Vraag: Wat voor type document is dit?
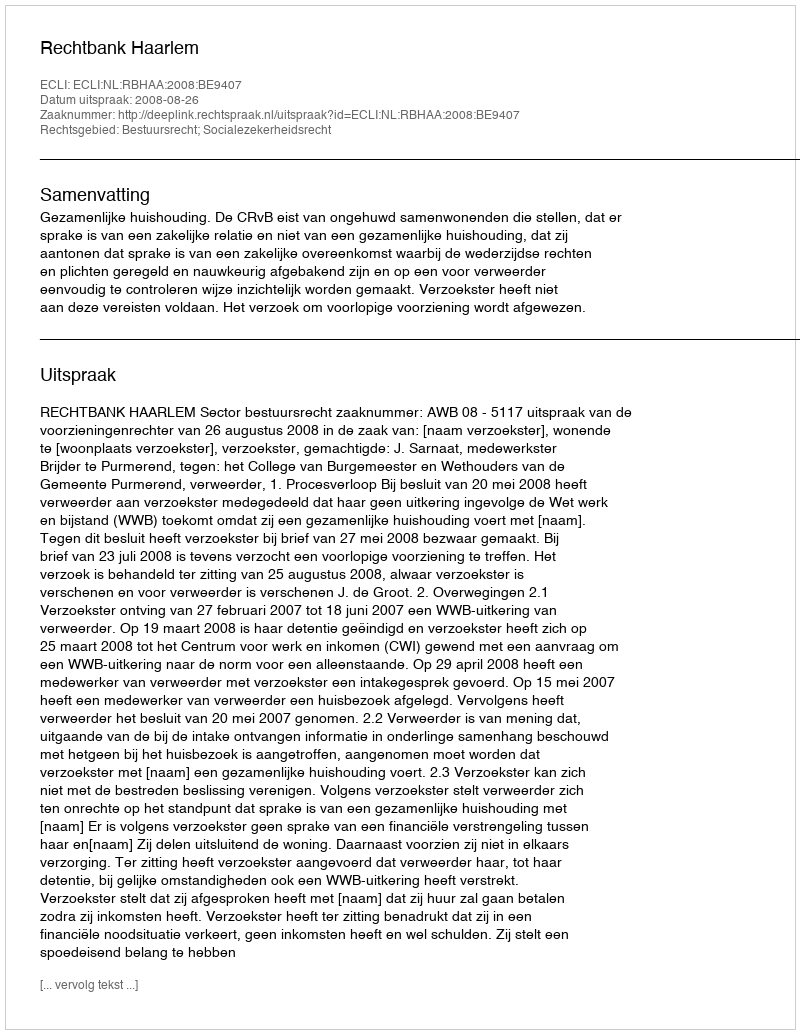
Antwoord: Uitspraak